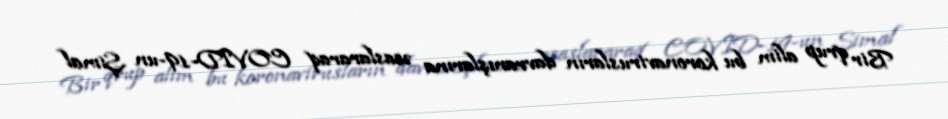
Bir qrup alim bu koronavirusların davranışlarına əsaslararaq COVID-19-un Şimal